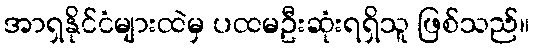
အာရှနိုင်ငံများထဲမှ ပထမဦးဆုံးရရှိသူ ဖြစ်သည်။